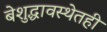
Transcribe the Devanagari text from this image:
बेशुद्धावस्थेतही